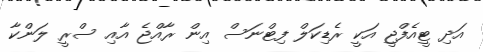
އަދި ޓީއެފްޖީ އަކީ ރެޑިކަލް ފިޓްނަސް އިން ރާއްޖެ އާއި ސްރީ ލަންކާ